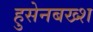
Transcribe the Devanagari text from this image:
हुसेनबख्श